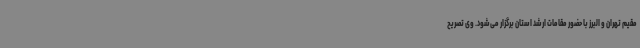
مقیم تهران و البرز با حضور مقامات ارشد استان برگزار می‌شود. وی تصریح